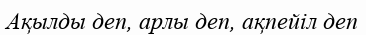
Ақылды деп, арлы деп, ақпейіл деп